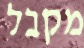
מקבל